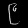
Digit: ၉